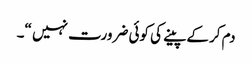
دم کرکے پینے کی کوئی ضرورت نہیں “۔